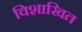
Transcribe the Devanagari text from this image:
विशाखित